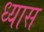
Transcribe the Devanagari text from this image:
ध्‍यास